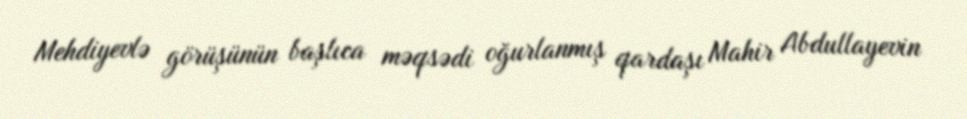
Mehdiyevlə görüşünün başlıca məqsədi oğurlanmış qardaşı Mahir Abdullayevin